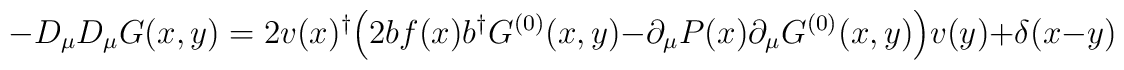
-D_\mu D_\mu G(x,y)=2v(x)^\dagger \Bigl(2 b f(x) b^\dagger G^{(0)}(x,y) - \partial_\mu P(x) \partial_\mu G^{(0)}(x,y) \Bigr) v(y) + \delta(x-y)